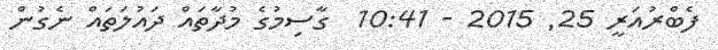
ފެބްރުއަރީ 25